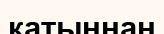
катыннан